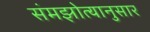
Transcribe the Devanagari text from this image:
संमझोत्यानुसार